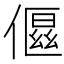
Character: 𬿤